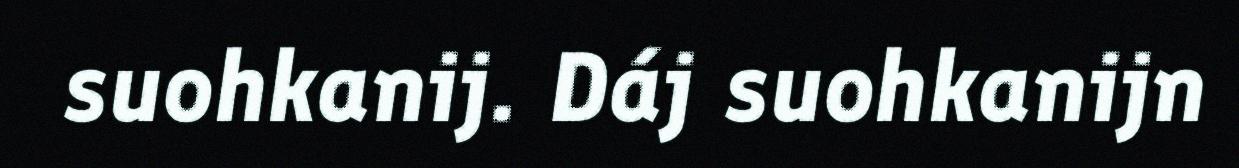
suohkanij. Dáj suohkanijn